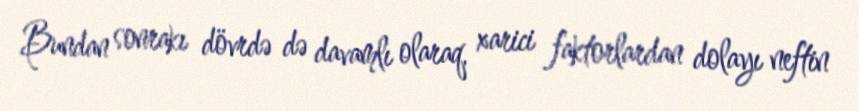
Bundan sonrakı dövrdə də davamlı olaraq, xarici faktorlardan dolayı neftin